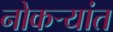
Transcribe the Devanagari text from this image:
नोकऱ्यांत